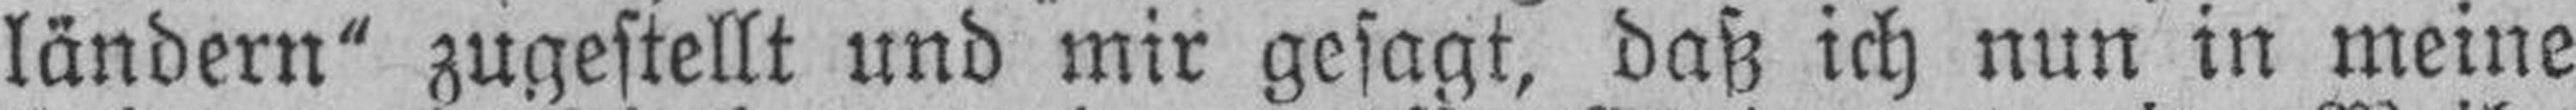
ländern“ zugestellt und mir gesagt, daß ich nun in meine